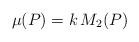
LaTeX: \begin{align*}\mu (P) = k \, M_2(P)\end{align*}